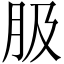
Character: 䏜